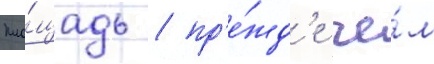
пло́щадь / пр'е́жд'е че́м